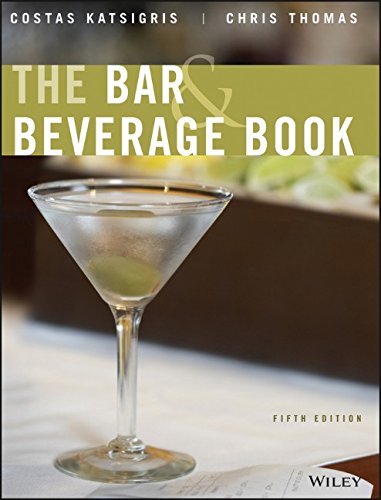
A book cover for The Bar and Beverage Book, 5th Edition; Costas Katsigris; Cookbooks, Food & Wine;